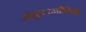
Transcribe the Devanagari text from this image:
जंतुपरजीवियों